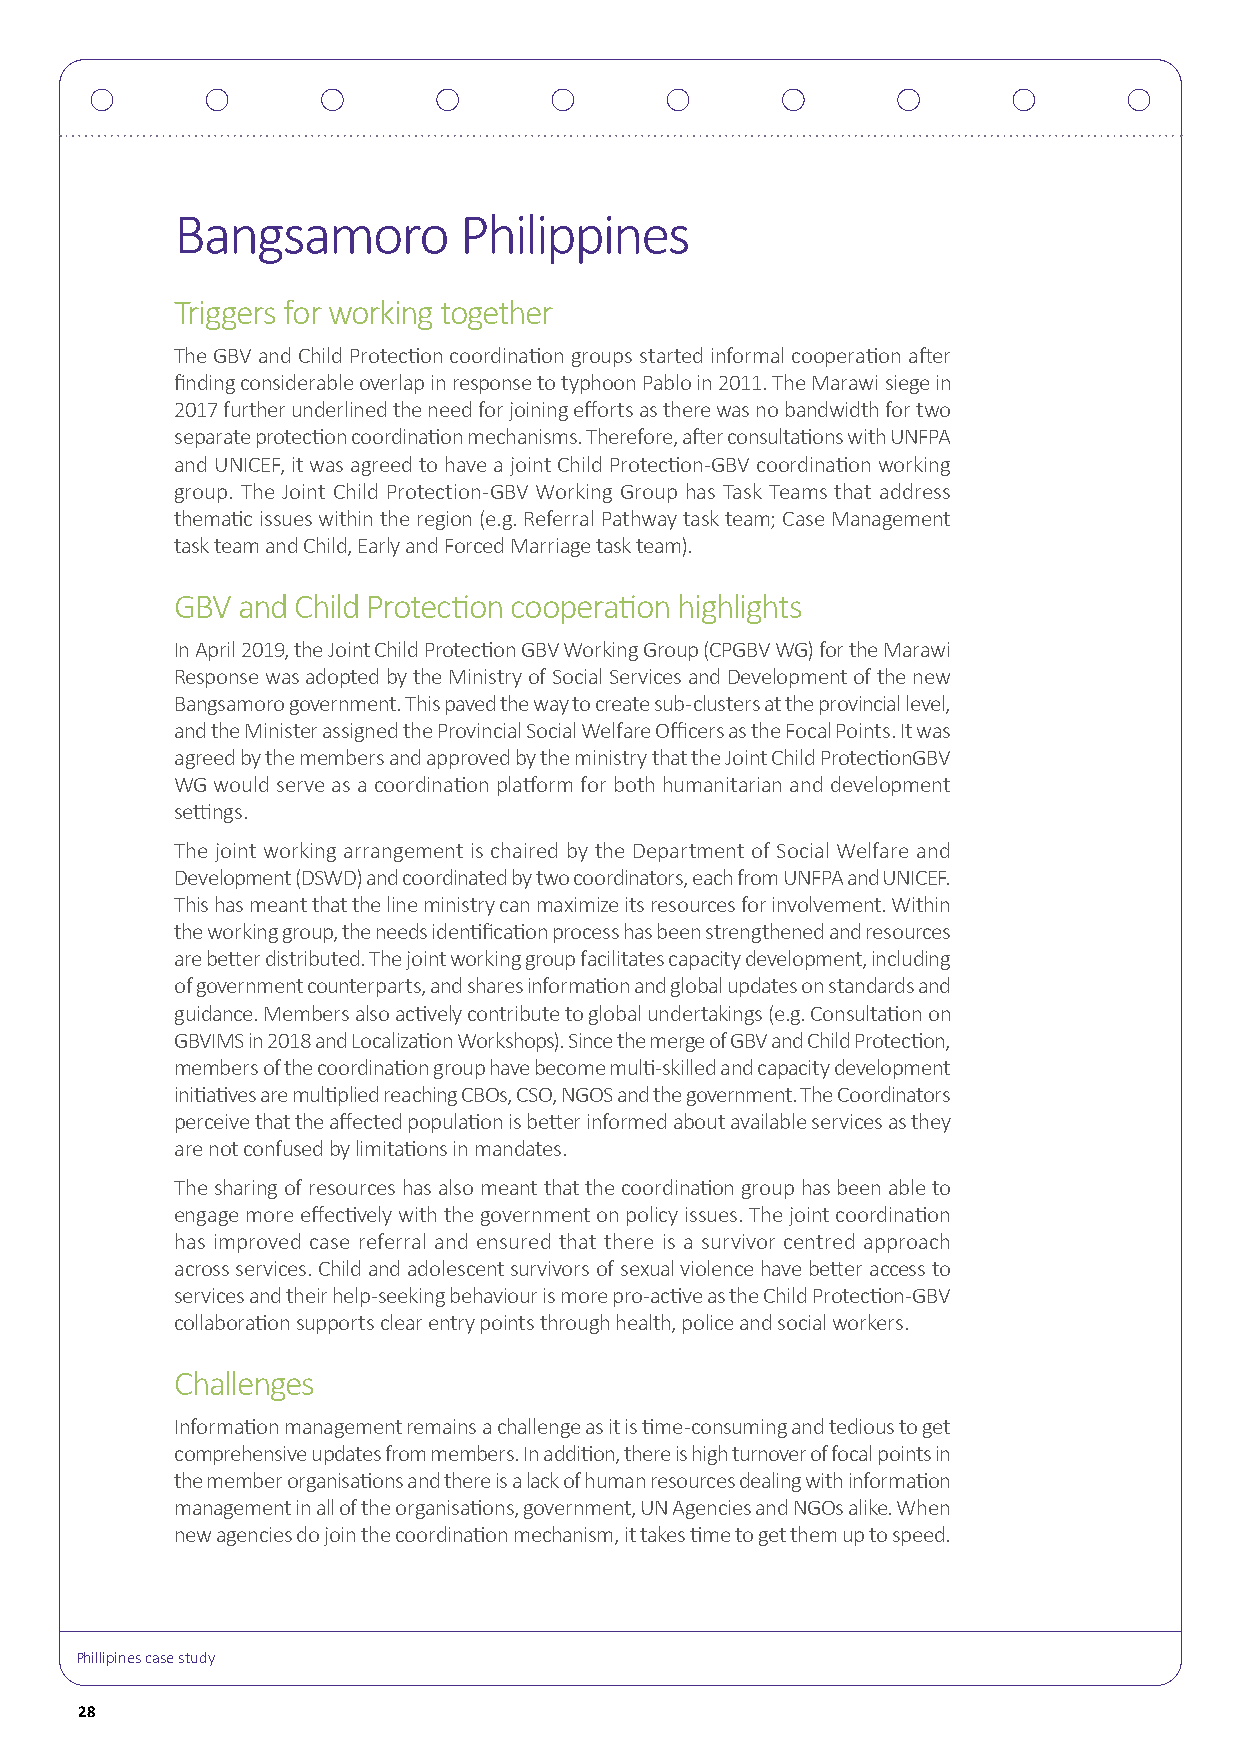
Bangsamoro        Philippines
 Triggers for working together
 The GBV and Child Protection coordination groups started informal cooperation after
 finding considerable overlap in response to typhoon Pablo in 2011. The Marawi siege in
 2017 further underlined the need for joining efforts as there was no bandwidth for two
 separate protection coordination mechanisms. Therefore, after consultations with UNFPA
 and UNICEF, it was agreed to have a joint Child Protection-GBV coordination working
 group. The Joint Child Protection-GBV Working Group has Task Teams that address
 thematic issues within the region (e.g. Referral Pathway task team; Case Management
 task team and Child, Early and Forced Marriage task team).
 GBV and Child Protection cooperation highlights
 In April 2019, the Joint Child Protection GBV Working Group (CPGBV WG) for the Marawi
 Response was adopted by the Ministry of Social Services and Development of the new
 Bangsamoro government. This paved the way to create sub-clusters at the provincial level,
 and the Minister assigned the Provincial Social Welfare Officers as the Focal Points. It was
 agreed by the members and approved by the ministry that the Joint Child ProtectionGBV
 WG would serve as a coordination platform for both humanitarian and development
 settings.
 The joint working arrangement is chaired by the Department of Social Welfare and
 Development (DSWD) and coordinated by two coordinators, each from UNFPA and UNICEF.
 This has meant that the line ministry can maximize its resources for involvement. Within
 the working group, the needs identification process has been strengthened and resources
 are better distributed. The joint working group facilitates capacity development, including
 of government counterparts, and shares information and global updates on standards and
 guidance. Members also actively contribute to global undertakings (e.g. Consultation on
 GBVIMS in 2018 and Localization Workshops). Since the merge of GBV and Child Protection,
 members of the coordination group have become multi-skilled and capacity development
 initiatives are multiplied reaching CBOs, CSO, NGOS and the government. The Coordinators
 perceive that the affected population is better informed about available services as they
 are not confused by limitations in mandates.
 The sharing of resources has also meant that the coordination group has been able to
 engage more effectively with the government on policy issues. The joint coordination
 has improved case referral and ensured that there is a survivor centred approach
 across services. Child and adolescent survivors of sexual violence have better access to
 services and their help-seeking behaviour is more pro-active as the Child Protection-GBV
 collaboration supports clear entry points through health, police and social workers.
 Challenges
 Information management remains a challenge as it is time-consuming and tedious to get
 comprehensive updates from members. In addition, there is high turnover of focal points in
 the member organisations and there is a lack of human resources dealing with information
 management in all of the organisations, government, UN Agencies and NGOs alike. When
 new agencies do join the coordination mechanism, it takes time to get them up to speed.
 Phillipines case study
 28